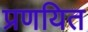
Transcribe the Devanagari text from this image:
प्रणयित